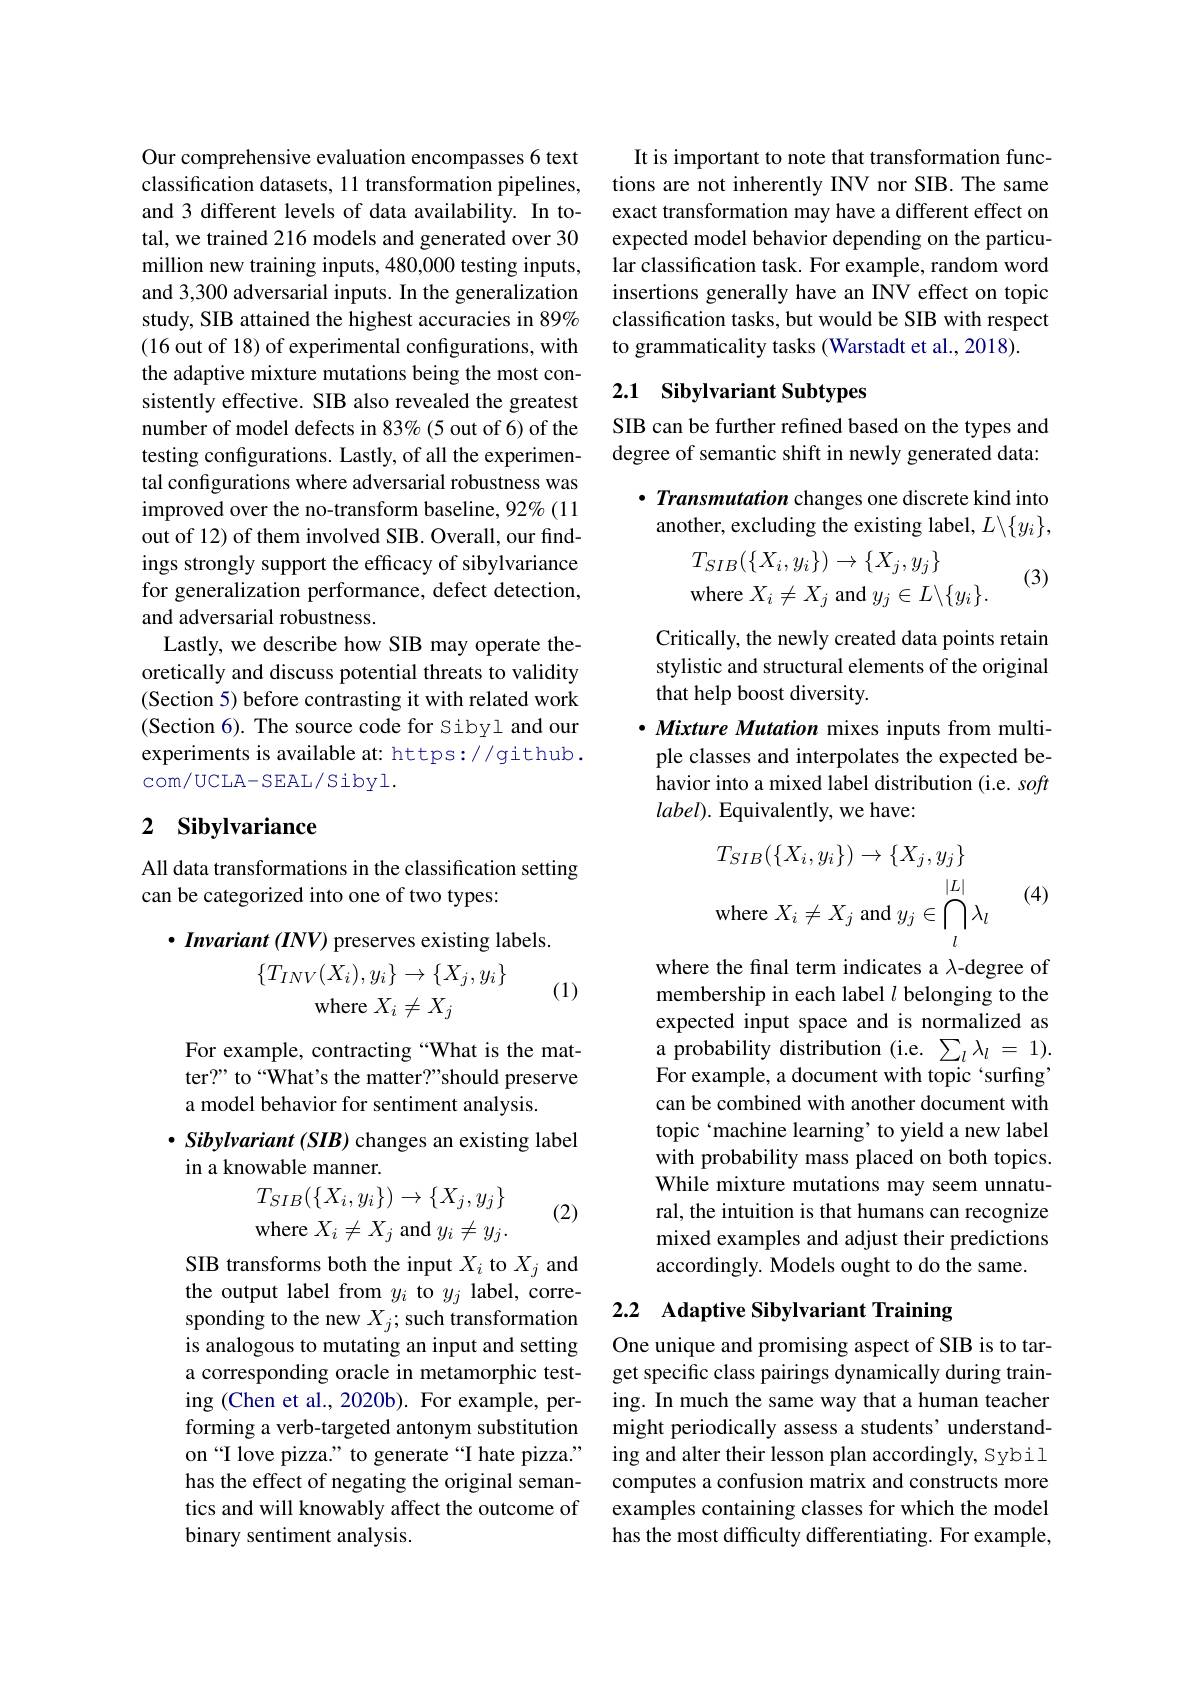
Our comprehensive evaluation encompasses 6 text classification datasets, 11 transformation pipelines, and 3 different levels of data availability. In total, we trained 216 models and generated over 30 million new training inputs, 480,000 testing inputs, and 3,300 adversarial inputs. In the generalization study, SIB attained the highest accuracies in 89% (16 out of 18) of experimental configurations, with the adaptive mixture mutations being the most consistently effective. SIB also revealed the greatest number of model defects in 83%(5 out of 6) of the testing configurations. Lastly, of all the experimental configurations where adversarial robustness was improved over the no-transform baseline, 92%(11 out of 12) of them involved SIB. Overall, our findings strongly support the efficacy of sibylvariance for generalization performance, defect detection, and adversarial robustness.
Lastly, we describe how SIB may operate theoretically and discuss potential threats to validity (Section 5) before contrasting it with related work (Section 6). The source code for Sibyl and our experiments is available at: https://github. com/UCLA-SEAL/Sibyl.

## 2 Sibylvariance

All data transformations in the classification setting
can be categorized into one of two types:
$\bullet$ Invariant (INV) preserves existing labels.
$$\{T_{INV}(X_{i}),y_{i}\}\to\{X_{j},y_{i}\}\\\mathrm{where}\:X_{i}\neq X_{j}$$
(1)

For example, contracting “What is the matter?" to “What's the matter?”should preserve a model behavior for sentiment analysis.
$\bullet$ Sibylvariant (SIB) changes an existing label
in a knowable manner.
$$\begin{array}{l}T_{SIB}(\{X_i,y_i\})\to\{X_j,y_j\}\\\mathrm{where~}X_i\neq X_j\mathrm{~and~}y_i\neq y_j.\end{array}$$
(2)

SIB transforms both the input $X_i$ to $X_j$ and the output label from $y_i$ to $y_j$ label, corresponding to the new $X_j;$ such transformation is analogous to mutating an input and setting a corresponding oracle in metamorphic testing (Chen et al., 2020b). For example, performing a verb-targeted antonym substitution on “I love pizza.” to generate“I hate pizza.’ has the effect of negating the original semantics and will knowably affect the outcome of binary sentiment analysis.

It is important to note that transformation functions are not inherently INV nor SIB. The same exact transformation may have a different effect on expected model behavior depending on the particular classification task. For example, random word insertions generally have an INV effect on topic classification tasks, but would be SIB with respect to grammaticality tasks (Warstadt et al., 2018).

# 2.1 Sibylvariant Subtypes

SIB can be further refined based on the types and degree of semantic shift in newly generated data:

$\cdot \textit{Transmutation changes one discrete kind into}$ another, excluding the existing label, $L\backslash\{y_i\}$,
$$T_{SIB}(\{X_i,y_i\})\to\{X_j,y_j\}$$
(3)

Critically, the newly created data points retain stylistic and structural elements of the original that help boost diversity.
$\cdot Mixture$ Mutation mixes inputs from multiple classes and interpolates the expected behavior into a mixed label distribution (i.e. soft $label).$ Equivalently, we have:
$$T_{SIB}(\{X_{i},y_{i}\})\to\{X_{j},y_{j}\}\\\mathrm{where~}X_{i}\neq X_{j}\mathrm{~and~}y_{j}\in\bigcap_{l}\lambda_{l}\\$$
(4)

where the final term indicates a $\lambda$-degree of membership in each label $l$ belonging to the expected input space and is normalized as a probability distribution (i.e. $\sum_l\lambda_l=1).$ For example, a document with topic `surfing' can be combined with another document with topic `machine learning' to yield a new label with probability mass placed on both topics. While mixture mutations may seem unnatural, the intuition is that humans can recognize mixed examples and adjust their predictions accordingly. Models ought to do the same.

# 2.2 Adaptive Sibylvariant Training

One unique and promising aspect of SIB is to target specific class pairings dynamically during training. In much the same way that a human teacher might periodically assess a students' understanding and alter their lesson plan accordingly, Sybil computes a confusion matrix and constructs more examples containing classes for which the model has the most difficulty differentiating. For example,